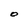
Character: O